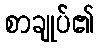
စာချုပ်၏